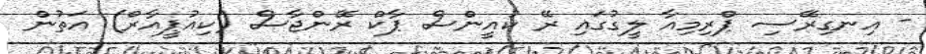
- އިނގިރޭސި ޕްރިމިއާ ލީގުގައި ރޭ ކުއީންސް ޕާކް ރޭންޖާސް (ކިއުޕީއާރް) އަތުން